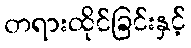
တရားထိုင်ခြင်းနှင့်